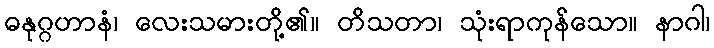
ဓနုဂ္ဂဟာနံ၊ လေးသမားတို့၏။ တိသတာ၊ သုံးရာကုန်သော။ နာဂါ၊